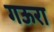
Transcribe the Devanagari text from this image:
गऊरा